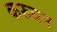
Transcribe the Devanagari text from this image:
करुवन